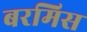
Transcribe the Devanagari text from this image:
बरमिस